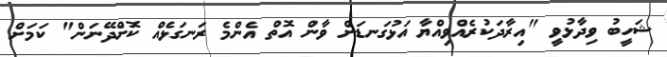
ޝަހީބު ވިދާޅުވީ "އިރާދަކުރެއްވިއްޔާ އަޅުގަނޑަށް ވާން އޮތް އެންމެ ރަނގަޅެއް ކޮށްދޭނަން" ކަމަށް